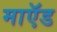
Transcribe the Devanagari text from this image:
माऍड